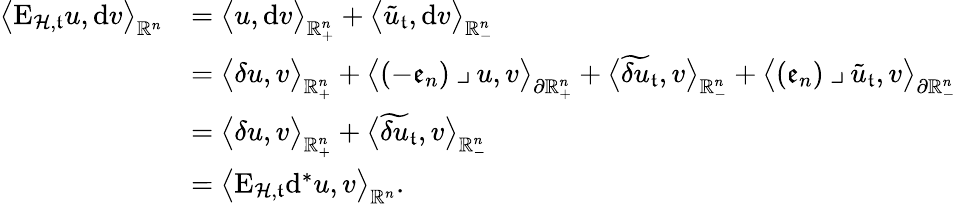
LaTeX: \begin{array}{rl}{\big\langle\mathrm{E}_{\mathcal{H},\mathfrak{t}}u,\mathrm{d}v\big\rangle_{\mathbb{R}^{n}}}&{=\big\langle u,\mathrm{d}v\big\rangle_{\mathbb{R}_{+}^{n}}+\big\langle\tilde{u}_{\mathfrak{t}},\mathrm{d}v\big\rangle_{\mathbb{R}_{-}^{n}}}\\ &{=\big\langle\delta u,v\big\rangle_{\mathbb{R}_{+}^{n}}+\big\langle(-\mathfrak{e}_{n})\mathbin{\lrcorner}u,v\big\rangle_{\partial\mathbb{R}_{+}^{n}}+\big\langle\widetilde{\delta u}_{\mathfrak{t}},v\big\rangle_{\mathbb{R}_{-}^{n}}+\big\langle(\mathfrak{e}_{n})\mathbin{\lrcorner}\tilde{u}_{\mathfrak{t}},v\big\rangle_{\partial\mathbb{R}_{-}^{n}}}\\ &{=\big\langle\delta u,v\big\rangle_{\mathbb{R}_{+}^{n}}+\big\langle\widetilde{\delta u}_{\mathfrak{t}},v\big\rangle_{\mathbb{R}_{-}^{n}}}\\ &{=\big\langle\mathrm{E}_{\mathcal{H},\mathfrak{t}}\mathrm{d}^{\ast}u,v\big\rangle_{\mathbb{R}^{n}}\mathrm{.}}\end{array}